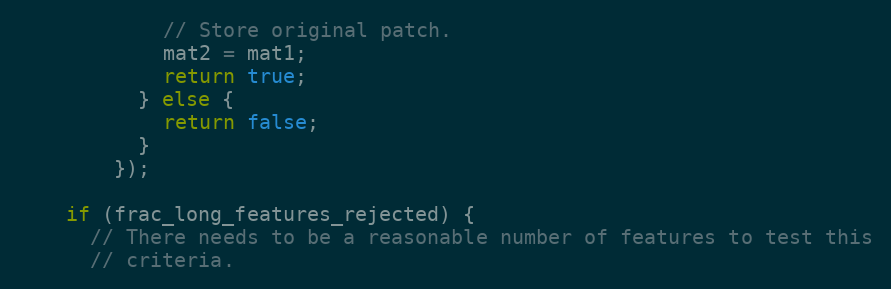
Language: C++
            // Store original patch.
            mat2 = mat1;
            return true;
          } else {
            return false;
          }
        });

    if (frac_long_features_rejected) {
      // There needs to be a reasonable number of features to test this
      // criteria.